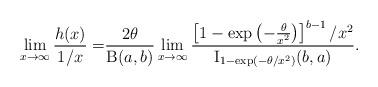
LaTeX: \begin{align*}\lim_{x\to\infty}\frac{h(x)}{1/x}=&\frac{2\theta}{\operatorname{B}(a,b)}\lim_{x\to\infty}\frac{\left[ 1-\exp\left(-\frac{\theta}{x^2}\right) \right]^{b-1}/x^2}{\operatorname{I}_{1-\exp(-\theta/x^2)}(b,a)}.\end{align*}